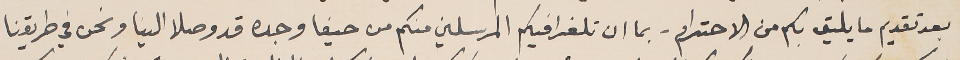
بعد تقديم ما يليق بكم من الاحترام - بما ان تلغرافيكم المرسلين منكم من حيفا وجده قد وصلا الينا ونحن في طريقنا